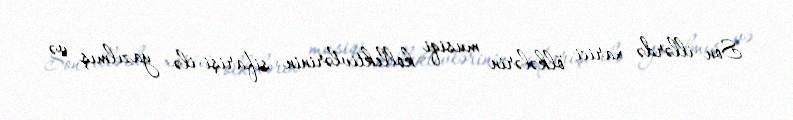
Son illərdə xarici ölkələrin musiqi kollektivlərinin sifarişi ilə yazılmış və